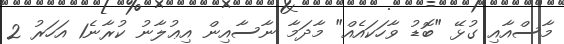
މާސްއާއި ގުޅޭ "ބޮޑު ވާހަކައެއް" މާދަމާ ނާސާއިން އިޢުލާނު ކުރާނެ1 އަހަރު 2